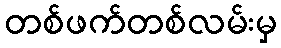
တစ်ဖက်တစ်လမ်းမှ